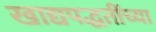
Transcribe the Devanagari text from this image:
खाद्यपद्धतींच्या